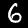
Label: 6